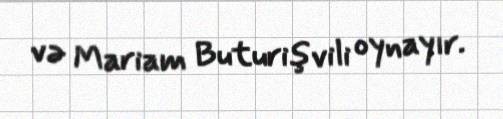
və Mariam Buturişvili oynayır.